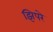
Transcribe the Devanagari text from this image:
झिपरे